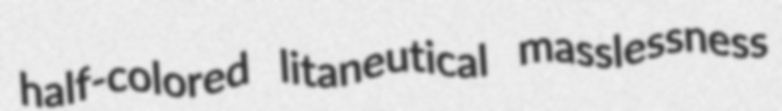
half-colored litaneutical masslessness